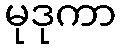
မုဒုကာ